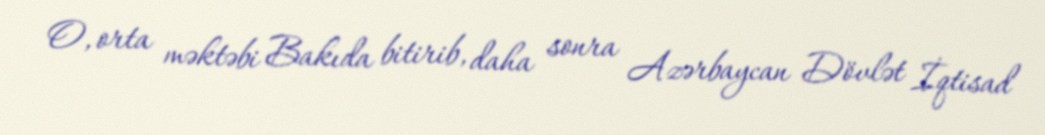
O, orta məktəbi Bakıda bitirib, daha sonra Azərbaycan Dövlət İqtisad